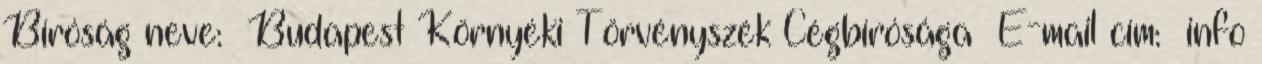
Bíróság neve: Budapest Környéki Törvényszék Cégbírósága E-mail cím: info